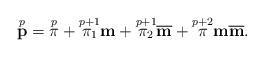
LaTeX: \begin{align*}\overset{p}{\mathbf{p}}=\overset{p}{\pi}+\overset{p+1}{\pi_{1}}\mathbf{m}+\overset{p+1}{\pi_{2}}\overline{\mathbf{m}}+\overset{p+2}{\pi}\mathbf{m}\overline{\mathbf{m}}.\end{align*}